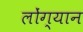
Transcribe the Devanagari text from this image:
लोंग्यान